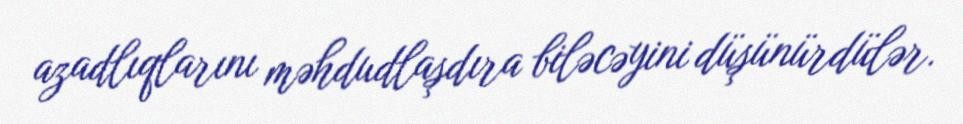
azadlıqlarını məhdudlaşdıra biləcəyini düşünürdülər.